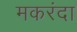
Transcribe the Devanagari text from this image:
मकरंदा